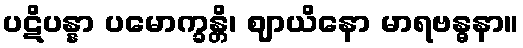
ပဋိပန္နာ ပမောက္ခန္တိ၊ ဈာယိနော မာရဗန္ဓနာ။